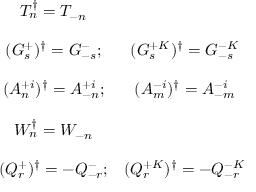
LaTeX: \begin{array} { c c } { { T _ { n } ^ { \dagger } = T _ { - n } } } & { { } } \\ { { \ } } & { { \ } } \\ { { ( G _ { s } ^ { + } ) ^ { \dagger } = G _ { - s } ^ { - } ; } } & { { ( G _ { s } ^ { + K } ) ^ { \dagger } = G _ { - s } ^ { - K } } } \\ { { \ } } & { { \ } } \\ { { ( A _ { n } ^ { + i } ) ^ { \dagger } = A _ { - n } ^ { + i } ; } } & { { ( A _ { m } ^ { - i } ) ^ { \dagger } = A _ { - m } ^ { - i } } } \\ { { \ } } & { { \ } } \\ { { W _ { n } ^ { \dagger } = W _ { - n } } } & { { } } \\ { { \ } } & { { \ } } \\ { { ( Q _ { r } ^ { + } ) ^ { \dagger } = - Q _ { - r } ^ { - } ; } } & { { ( Q _ { r } ^ { + K } ) ^ { \dagger } = - Q _ { - r } ^ { - K } } } \end{array}